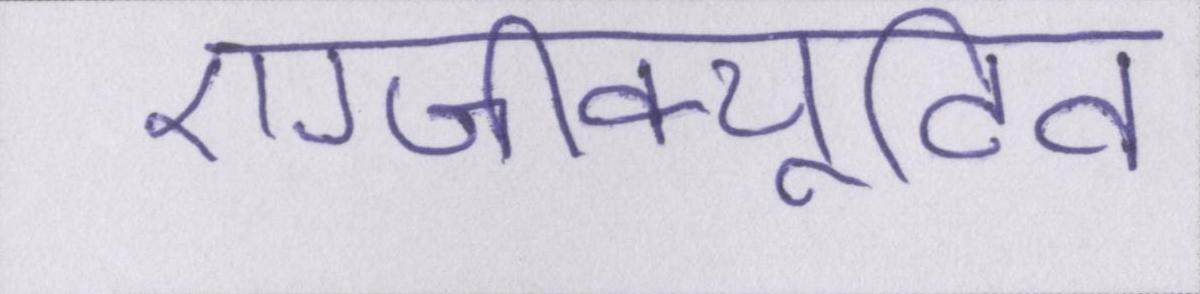
एग्जीक्यूटिव